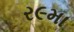
ર૯મા